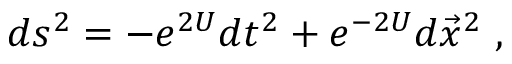
d s ^ { 2 } = - e ^ { 2 U } d t ^ { 2 } + e ^ { - 2 U } d \vec { x } ^ { 2 } \ ,